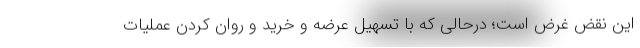
این نقض غرض است؛ درحالی که با تسهیل عرضه و خرید و روان کردن عملیات